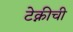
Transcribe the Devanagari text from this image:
टेक्नीची